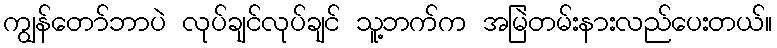
ကျွန်တော်ဘာပဲ လုပ်ချင်လုပ်ချင် သူ့ဘက်က အမြဲတမ်းနားလည်ပေးတယ်။